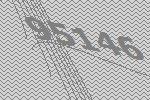
95146